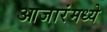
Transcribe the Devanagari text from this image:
आजारंमध्ये